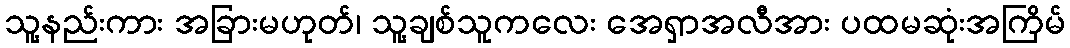
သူ့နည်းကား အခြားမဟုတ်၊ သူ့ချစ်သူကလေး အေရှာအလီအား ပထမဆုံးအကြိမ်